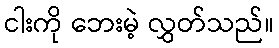
ငါးကို ဘေးမဲ့ လွှတ်သည်။